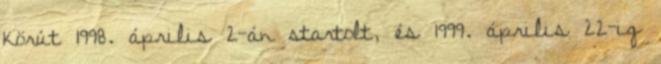
körút 1998. április 2-án startolt, és 1999. április 22-ig